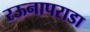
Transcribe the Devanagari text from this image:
रऊनापराडा